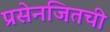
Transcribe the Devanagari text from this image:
प्रसेनजितची